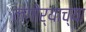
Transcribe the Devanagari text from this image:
लगोर्‍याच्या